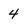
Character: 4